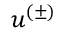
u ^ { ( \pm ) }